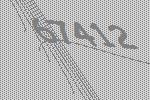
67412